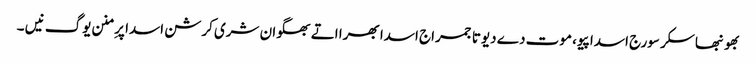
بھونبھاسکر سورج اسدا پیو، موت دے دیوتا جمراج اسدا بھرا اتے بھگوان شری کرشن اسدا پرِ منن یوگ نیں ۔